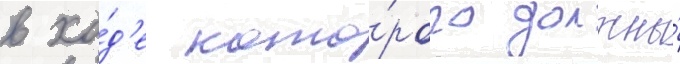
в хо́д'е кото́рого должны́